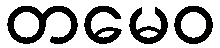
တမေဝ